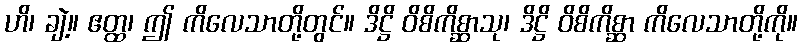
ဟိ၊ ချဲ့။ ဧတ္ထ၊ ဤ ကိလေသာတို့တွင်။ ဒိဋ္ဌိ ဝိစိကိစ္ဆာသု၊ ဒိဋ္ဌိ ဝိစိကိစ္ဆာ ကိလေသာတို့ကို။